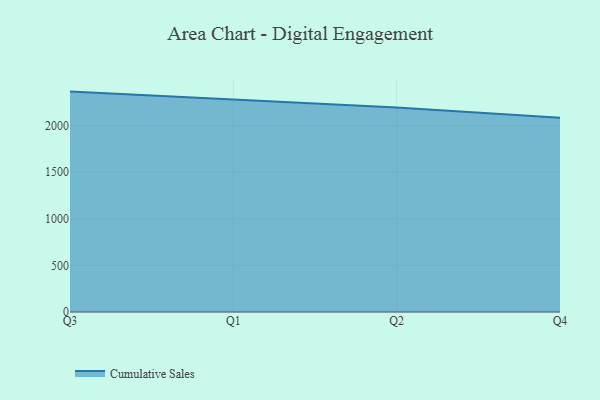
{"axis": {"x": "Quarter", "y": "Inventory Turnover"}, "legend": ["Cumulative Sales"], "data": [{"x": "Q3", "y": 2365.9, "type": "Cumulative Sales"}, {"x": "Q1", "y": 2282.5, "type": "Cumulative Sales"}, {"x": "Q2", "y": 2194.1, "type": "Cumulative Sales"}, {"x": "Q4", "y": 2084.8, "type": "Cumulative Sales"}]}